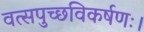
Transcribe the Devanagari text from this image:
वत्सपुच्छविकर्षणः।